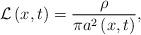
LaTeX: \begin{align*}\mathcal{L}\left(x,t\right)=\frac{\rho}{\pi a^{2}\left(x,t\right)},\end{align*}